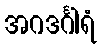
အဂဒင်္ဂါရံ